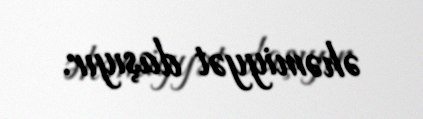
əhəmiyyət daşıyır.